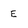
Character: E